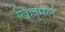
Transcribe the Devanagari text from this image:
खिल्लुमल